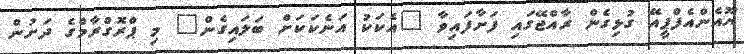
ޔޫއެންއެފްޕީއޭ ގުޅިގެން ރާއްޖޭގައި ފަށާފައިވާ "އެކަކު އަނެކަކަށް ބަލައިގެން" މި ޕްރޮގްރާމްގެ ދަށުން